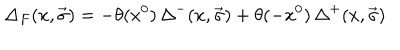
LaTeX: { \Delta } _ { F } ( x , \vec { \sigma } ) = - \theta ( x ^ { 0 } ) \, { \Delta } ^ { - } ( x , \vec { \sigma } ) + \theta ( - x ^ { 0 } ) \, { \Delta } ^ { + } ( x , \vec { \sigma } )